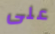
على